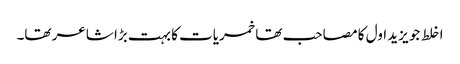
اخلط جو یزید اول کا مصاحب تھا خمریات کا بہت بڑا شاعر تھا۔